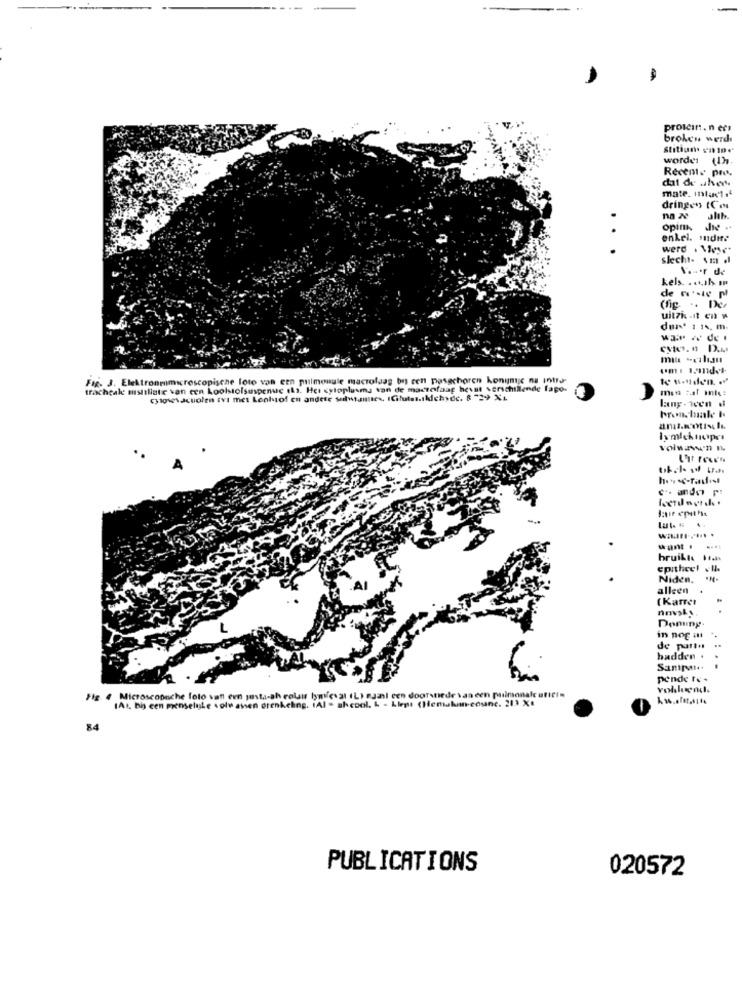
protein. necs
broken werd
worden
Recente pre.
dat de alves
mate. mlu1.4
dringen ICo
alth.
opin
she .
.
enkel. sudite
werd . VIese.
slecht- vm .
Vauer de
kels. . ... Ils I
(fig .. Der
uit7k -11 CH W
war we de
umi landet
Fig. J. Elektronmimicroscopische loto van een pulmonale macrolaag bu ren pasachoren konijntje na intro-
te unden .
tracheale mstillate van een koolstofsuspense (s. Her cytoplasma van de mactofaag hevet verschillende fapo-
cyigievacuolen ivi met Leohsof en andere solwanttes, ICifulst.skichyde. & "29 X4
lang - we'n .
hron.male b.
volnau'n n
c. ando pi
lut. "
.
hruikle Itch
epitheel .Il.
Niden.
alleen
(KATTet
Domipy
in nog i
de part
. .
hadden .
pende to -
Fig. 4 Microscopeche foto van een just-ah rolsir lymfeval (L) eJal een doorsnede van een pulmonale uf !!!
IAr, bh cen menselijke solu dien drenkeling. IAl - ah cool. L - Liegt (Hemakun-counc. 211 Xt
84
PUBLICATIONS
020572